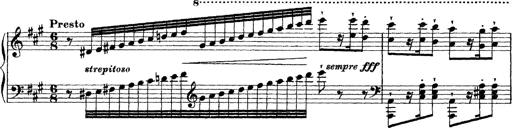
Title: Grande fantasie di bravura sur La clochette
Composer: Franz Liszt
Key: A minor